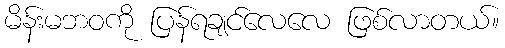
မိန်းမဘဝကို ပြန်ရချင်လေလေ ဖြစ်လာတယ်။